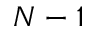
N - 1